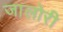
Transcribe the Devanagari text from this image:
जालोरी